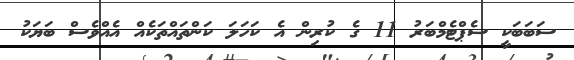
ސަބަބަކީ ސެޕްޓެމްބަރު 11 ގެ ކުރިން އެ ކަހަލަ ކަންތައްތަކެއް އެއްވެސް ބަޔަކު